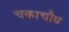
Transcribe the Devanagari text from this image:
चकाचौध